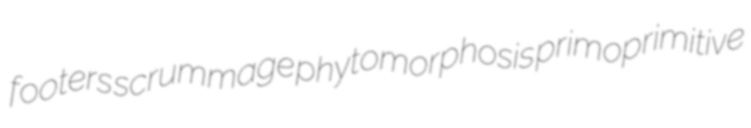
footers scrummage phytomorphosis primoprimitive